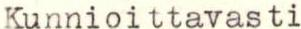
Kunnioittavasti